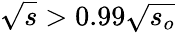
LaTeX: \sqrt{s}>0.99\sqrt{s_{o}}